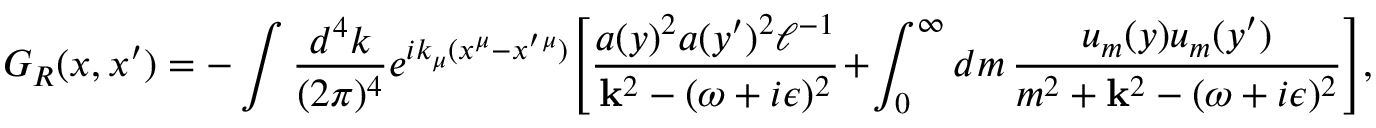
G _ { R } ( x , x ^ { \prime } ) = - \int { \frac { d ^ { 4 } k } { ( 2 \pi ) ^ { 4 } } } e ^ { i k _ { \mu } ( x ^ { \mu } - x ^ { \prime } { } ^ { \mu } ) } \Biggl [ { \frac { a ( y ) ^ { 2 } a ( y ^ { \prime } ) ^ { 2 } \ell ^ { - 1 } } { { \bf k } ^ { 2 } - ( \omega + i \epsilon ) ^ { 2 } } } + \int _ { 0 } ^ { \infty } d m \, { \frac { u _ { m } ( y ) u _ { m } ( y ^ { \prime } ) } { m ^ { 2 } + { \bf k } ^ { 2 } - ( \omega + i \epsilon ) ^ { 2 } } } \Biggr ] ,